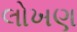
લોખણ